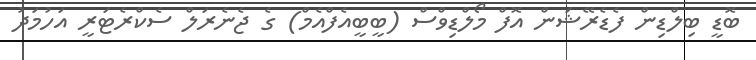
ބޮޑީ ބިލްޑިން ފެޑެރޭޝަން އޮފް މޯލްޑިވްސް (ބީބީއެފްއެމް) ގެ ޖެނެރަލް ސެކްރެޓަރީ އަހުމަދު